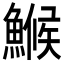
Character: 𩺟